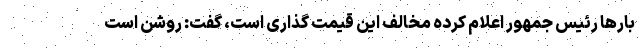
بارها رئیس جمهور اعلام کرده مخالف این قیمت گذاری است، گفت: روشن است